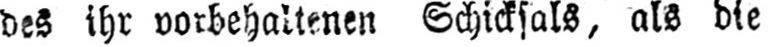
des ihr vorbehaltenen Schicksals, als die